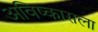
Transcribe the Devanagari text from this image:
अविष्काराला